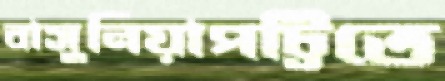
বাসুনিয়াপট্টিতে